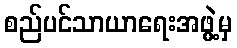
စည်ပင်သာယာရေးအဖွဲ့မှ